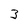
Character: 3